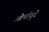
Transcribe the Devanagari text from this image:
ओर्मायुदे